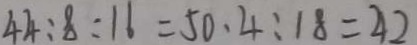
4 4 : 8 : 1 6 = 5 0 . 4 : 1 8 = 4 2